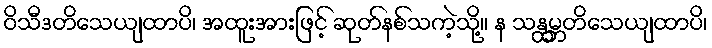
ဝိသီဒတိသေယျထာပိ၊ အထူးအားဖြင့် ဆုတ်နစ်သကဲ့သို့။ န သန္ထမ္ဘတိသေယျထာပိ၊